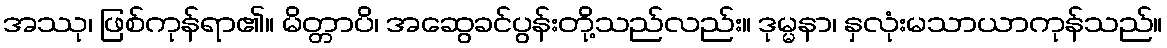
အဿု၊ ဖြစ်ကုန်ရာ၏။ မိတ္တာပိ၊ အဆွေခင်ပွန်းတို့သည်လည်း။ ဒုမ္မနာ၊ နှလုံးမသာယာကုန်သည်။